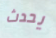
يحدث